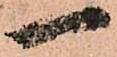
一